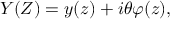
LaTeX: Y ( Z ) = y ( z ) + i \theta \varphi ( z ) ,